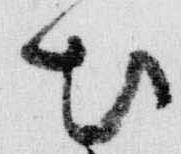
出